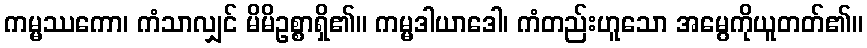
ကမ္မဿကော၊ ကံသာလျှင် မိမိဥစ္စာရှိ၏။ ကမ္မဒါယာဒေါ၊ ကံတည်းဟူသော အမွေကိုယူတတ်၏။